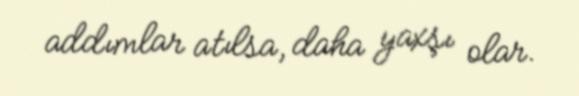
addımlar atılsa, daha yaxşı olar.